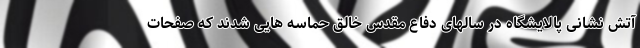
آتش نشانی پالایشگاه در سالهای دفاع مقدس خالق حماسه هایی شدند که صفحات